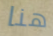
هنا